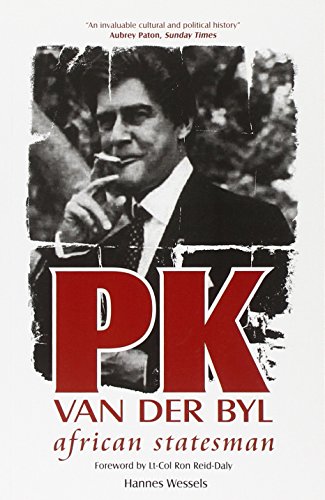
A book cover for PK VAN DER BYL: African Statesman; Hannes Wessels; History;